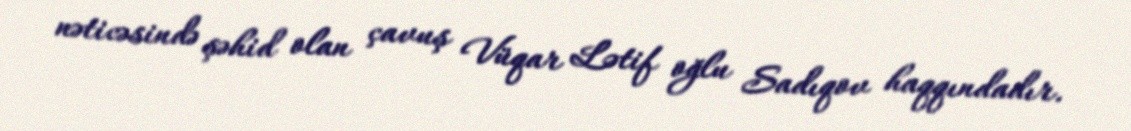
nəticəsində şəhid olan çavuş Vüqar Lətif oğlu Sadıqov haqqındadır.